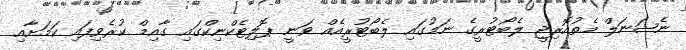
ނެޝަނަލް މެތުއޮރިޖީ ލެބޯޓުރީގެ ނަމުގައި ލެބޯޓުރީއެއް ވަނީ ޕޮލިޓެކްނިކްގައި ގާއިމް ކުރެވިފައި ކަމަށާއި